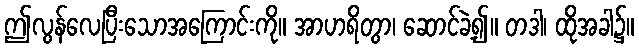
ဤလွန်လေပြီးသောအကြောင်းကို။ အာဟရိတွာ၊ ဆောင်ခဲ့၍။ တဒါ၊ ထိုအခါ၌။